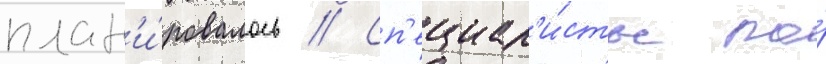
план'и́ровалось // Сп'ециал'и́сты по́